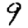
Digit: 9